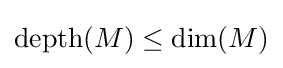
\mathrm {depth} (M)\leq \dim(M)